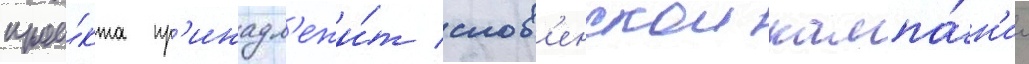
прое́кта пр'инадл'ежи́т слов'енскои кампа́н'ии